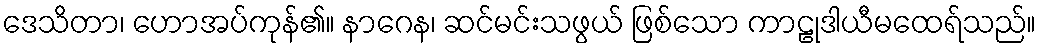
ဒေသိတာ၊ ဟောအပ်ကုန်၏။ နာဂေန၊ ဆင်မင်းသဖွယ် ဖြစ်သော ကာဠုဒါယီမထေရ်သည်။